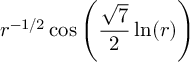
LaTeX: r ^ { - 1 / 2 } \cos \left( \frac { \sqrt { 7 } } { 2 } \ln ( r ) \right)